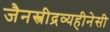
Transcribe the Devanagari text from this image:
जैनस्त्रीद्रव्यहीनेसी